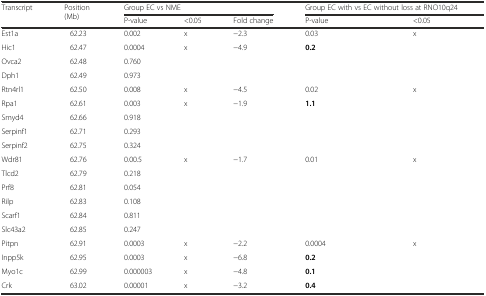
<table><thead><tr><td rowspan="2"><b>Transcript</b></td><td rowspan="2"><b>Position (Mb)</b></td><td colspan="3"><b>Group EC vs NME</b></td><td colspan="2"><b>Group EC with vs EC without loss at RNO10q24</b></td></tr><tr><td><b>P-value</b></td><td><b>&lt;0.05</b></td><td><b>Fold change</b></td><td><b>P-value</b></td><td><b>&lt;0.05</b></td></tr></thead><tbody><tr><td>Est1a</td><td>62.23</td><td>0.002</td><td>x</td><td>−2.3</td><td>0.03</td><td>x</td></tr><tr><td>Hic1</td><td>62.47</td><td>0.0004</td><td>x</td><td>−4.9</td><td><b>0.2</b></td><td></td></tr><tr><td>Ovca2</td><td>62.48</td><td>0.760</td><td></td><td></td><td></td><td></td></tr><tr><td>Dph1</td><td>62.49</td><td>0.973</td><td></td><td></td><td></td><td></td></tr><tr><td>Rtn4rl1</td><td>62.50</td><td>0.008</td><td>x</td><td>−4.5</td><td>0.02</td><td>x</td></tr><tr><td>Rpa1</td><td>62.61</td><td>0.003</td><td>x</td><td>−1.9</td><td><b>1.1</b></td><td></td></tr><tr><td>Smyd4</td><td>62.66</td><td>0.918</td><td></td><td></td><td></td><td></td></tr><tr><td>Serpinf1</td><td>62.71</td><td>0.293</td><td></td><td></td><td></td><td></td></tr><tr><td>Serpinf2</td><td>62.75</td><td>0.324</td><td></td><td></td><td></td><td></td></tr><tr><td>Wdr81</td><td>62.76</td><td>0.00.5</td><td>x</td><td>−1.7</td><td>0.01</td><td>x</td></tr><tr><td>Tlcd2</td><td>62.79</td><td>0.218</td><td></td><td></td><td></td><td></td></tr><tr><td>Prf8</td><td>62.81</td><td>0.054</td><td></td><td></td><td></td><td></td></tr><tr><td>Rilp</td><td>62.83</td><td>0.108</td><td></td><td></td><td></td><td></td></tr><tr><td>Scarf1</td><td>62.84</td><td>0.811</td><td></td><td></td><td></td><td></td></tr><tr><td>Slc43a2</td><td>62.85</td><td>0.247</td><td></td><td></td><td></td><td></td></tr><tr><td>Pitpn</td><td>62.91</td><td>0.0003</td><td>x</td><td>−2.2</td><td>0.0004</td><td>x</td></tr><tr><td>Inpp5k</td><td>62.95</td><td>0.0003</td><td>x</td><td>−6.8</td><td><b>0.2</b></td><td></td></tr><tr><td>Myo1c</td><td>62.99</td><td>0.000003</td><td>x</td><td>−4.8</td><td><b>0.1</b></td><td></td></tr><tr><td>Crk</td><td>63.02</td><td>0.00001</td><td>x</td><td>−3.2</td><td><b>0.4</b></td><td></td></tr></tbody></table>